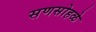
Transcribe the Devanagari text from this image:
सणसोहळे